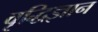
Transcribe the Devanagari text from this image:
वृद्धिज्ञान